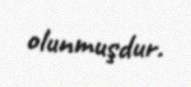
olunmuşdur.